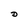
Character: D